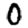
Digit: 0